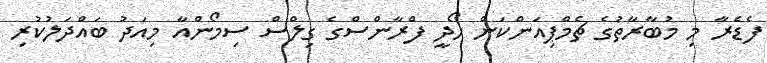
ފެޑެރާ މި މުބާރާތުގެ ޗެމްޕިއަންކަން ހޯދީ ފްރާންސްގެ ގިލްސް ސިމޯންއާ މިއަދު ބައްދަލުކުރި